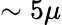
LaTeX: \sim 5\mu